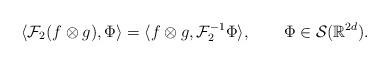
LaTeX: \begin{align*}\langle\mathcal{F}_2(f\otimes g),\Phi\rangle=\langle f\otimes g,\mathcal{F}_2^{-1}\Phi\rangle, \ \ \ \ \ \ \Phi\in\mathcal{S}(\mathbb{R}^{2d}).\end{align*}